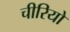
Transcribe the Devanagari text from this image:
चीरियो